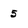
Character: 5